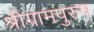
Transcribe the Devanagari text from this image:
श्रीग्रामपुरुष